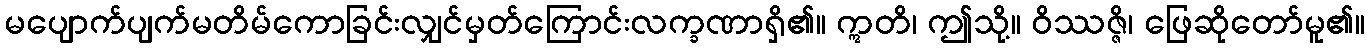
မပျောက်ပျက်မတိမ်ကောခြင်းလျှင်မှတ်ကြောင်းလက္ခဏာရှိ၏။ ဣတိ၊ ဤသို့။ ဝိဿဇ္ဇိ၊ ဖြေဆိုတော်မူ၏။